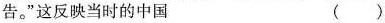
告。”这反映当时的中国 ( )